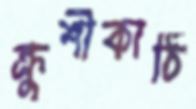
ক্রুশীকাঠি